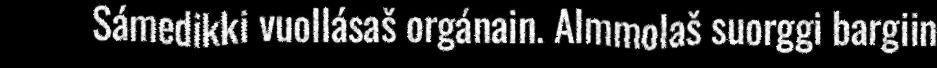
Sámedikki vuollásaš orgánain. Almmolaš suorggi bargiin